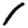
Digit: 1